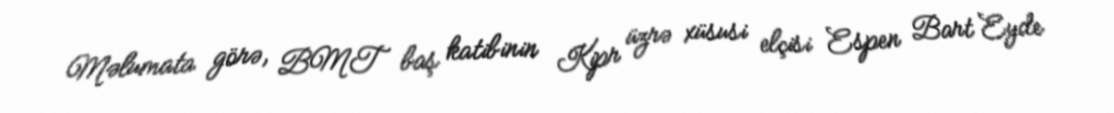
Məlumata görə, BMT baş katibinin Kipr üzrə xüsusi elçisi Espen Bart Eyde